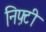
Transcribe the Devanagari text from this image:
निफ़्टी